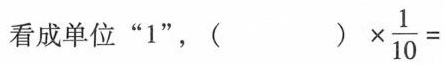
看成单位”1”，$$() \times \frac{1}{10} = $$